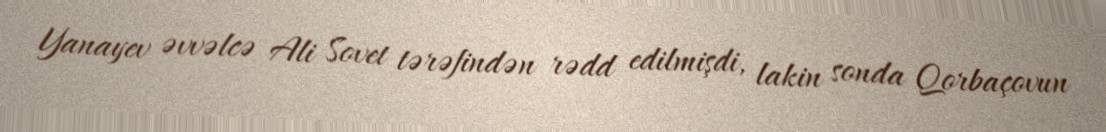
Yanayev əvvəlcə Ali Sovet tərəfindən rədd edilmişdi, lakin sonda Qorbaçovun